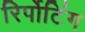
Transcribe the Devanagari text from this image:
रिर्पोटिंग